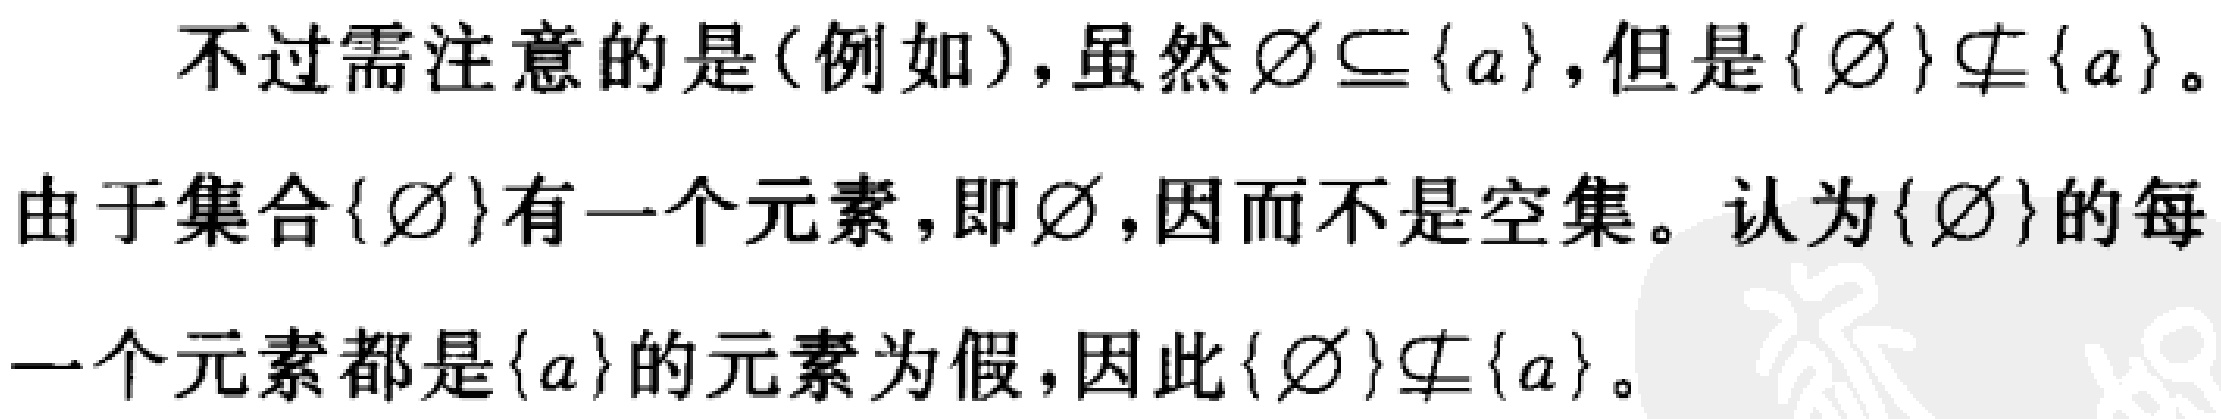
不过需注意的是(例如)，虽然$\varnothing\subseteq\{a\}$，但是$\{\varnothing\}\nsubseteq\{a\}$。

由于集合$\{\varnothing\}$有一个元素，即$\varnothing$，因而不是空集。认为$\{\varnothing\}$的每

一个元素都是$\{a\}$的元素为假，因此$\{\varnothing\}\nsubseteq\{a\}$。